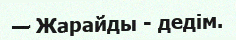
— Жарайды - дедім.